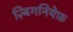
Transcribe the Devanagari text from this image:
ज़्बिगनियेफ़